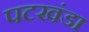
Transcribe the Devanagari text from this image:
पटखंडा